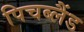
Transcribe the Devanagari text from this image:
पिचब्लैंड